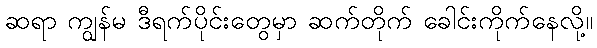
ဆရာ ကျွန်မ ဒီရက်ပိုင်းတွေမှာ ဆက်တိုက် ခေါင်းကိုက်နေလို့။